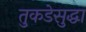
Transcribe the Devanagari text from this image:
तुकडेसुद्धा